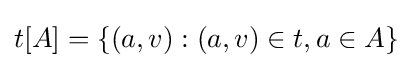
t[A]=\{(a,v):(a,v)\in t,a\in A\}